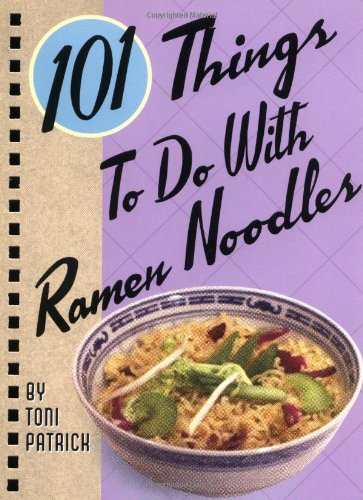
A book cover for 101 Things to Do with Ramen Noodles; Toni Patrick; Cookbooks, Food & Wine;